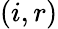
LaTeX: (i,r)